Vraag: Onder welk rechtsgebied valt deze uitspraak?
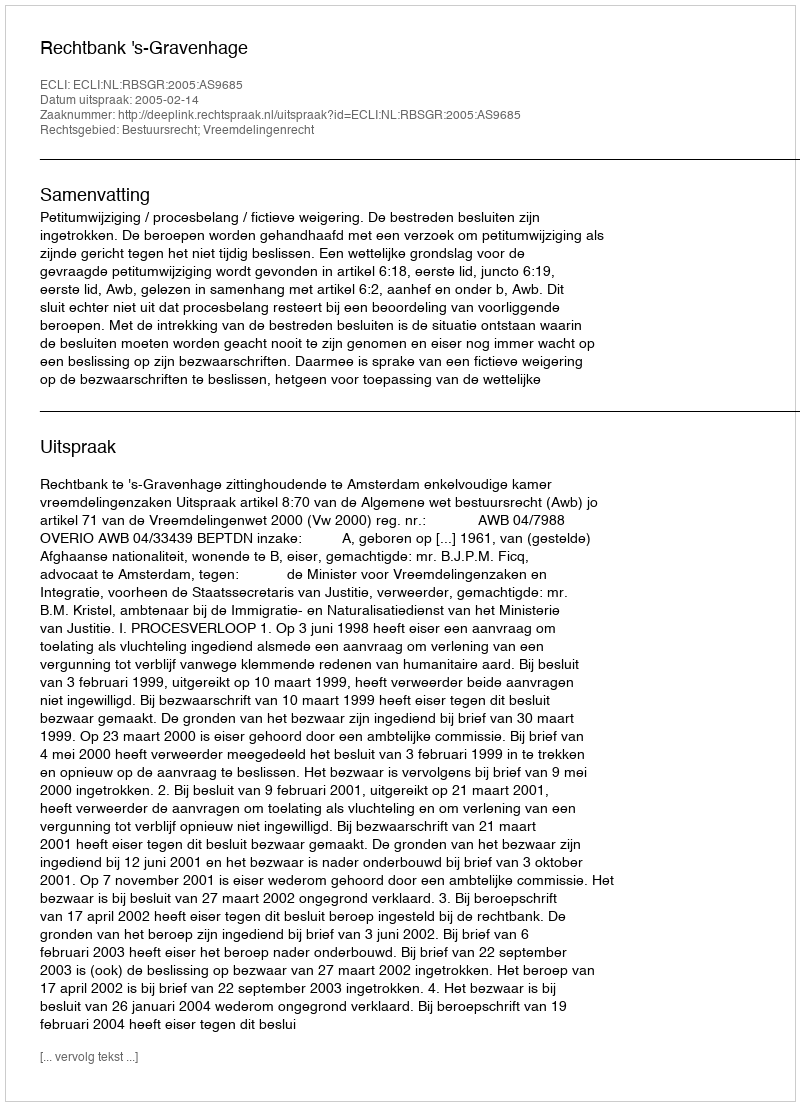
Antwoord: Bestuursrecht; Vreemdelingenrecht